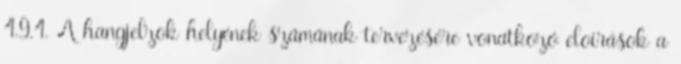
4.9.4. A hangjelzõk helyének számának tervezésére vonatkozó elõírások a